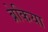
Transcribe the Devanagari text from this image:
ब्रेकिया